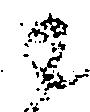
尉